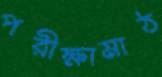
পরীক্ষামাঠ